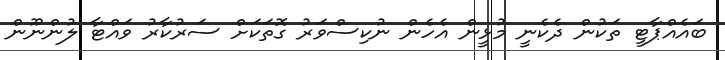
ބައެއްޕާޓީ ތަކުން ދެކެނީ މުޅީން އެހެން ނުކިސްވަރު ގޮތަކަށް ސަރުކާރު ވައްޓާ ލުންނޫން